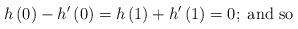
LaTeX: \begin{align*}h\left(0\right)-h'\left(0\right)=h\left(1\right)+h'\left(1\right)=0;\;\mbox{and so}\end{align*}